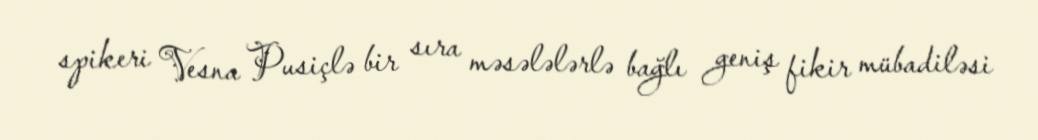
spikeri Vesna Pusiçlə bir sıra məsələlərlə bağlı geniş fikir mübadiləsi